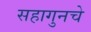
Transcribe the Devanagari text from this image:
सहागुनचे